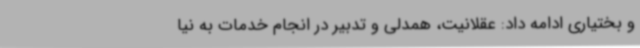
و بختیاری ادامه داد: عقلانیت، همدلی و تدبیر در انجام خدمات به نیا